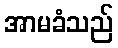
အာမခံသည်